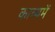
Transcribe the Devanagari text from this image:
काव्यमें